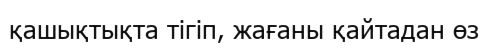
қашықтықта тігіп, жағаны қайтадан өз